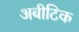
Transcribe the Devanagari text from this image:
अबीटिक